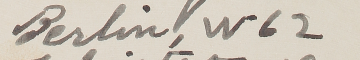
Berlin, W62